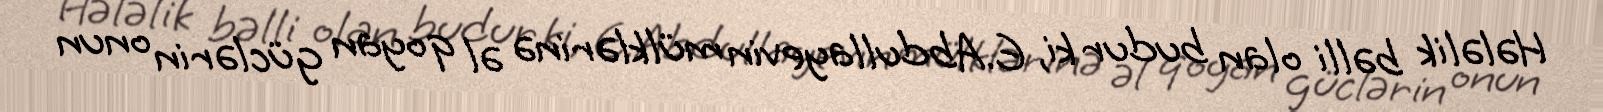
Hələlik bəlli olan budur ki, E.Abdullayevin mülklərinə əl qoyan güclərin onun